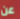
عن